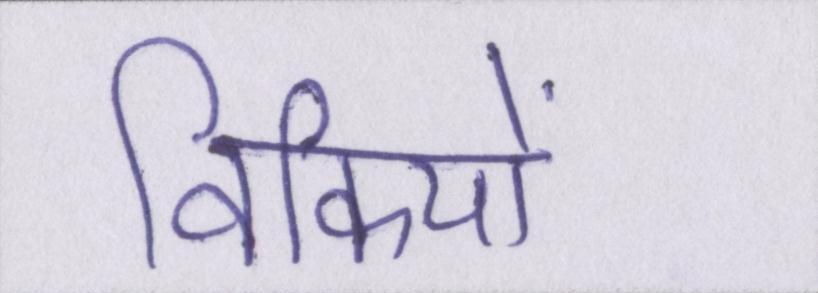
विकियों